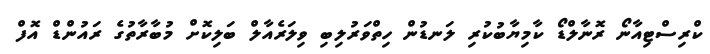
ކްރިސްޓިއާނޯ ރޮނާލްޑޯ ކާމިޔާބުކުރި ލަނޑުން ހިތްވަރުލިބި ވިލަރެއާލް ބަލިކޮށް މުބާރާތުގެ ރައުންޑް އޮފް